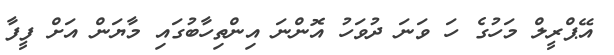
އޭޕްރީލް މަހުގެ ހަ ވަނަ ދުވަހު އޮންނަ އިންތިހާބުގައި މާޔަން އަށް ފީފާ